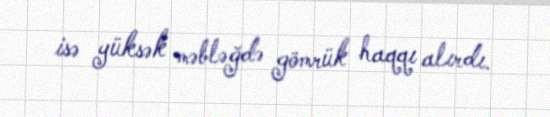
isə yüksək məbləğdə gömrük haqqı alırdı.